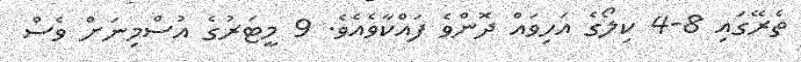
ތެރޭގައި 8-4 ކިލޯގެ އަހިވައް ދޮންވެ ފައްކާވެއެވެ. 9 މީޓަރުގެ އުސްމިނަށް ވެސް